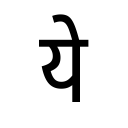
OCR:
ये